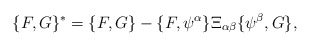
\begin{align*}\{F, G\}^* = \{F, G\} - \{F, \psi^\alpha\} \Xi_{\alpha\beta}\{\psi^\beta, G\},\end{align*}